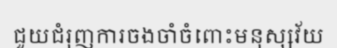
ជួយជំរុញការចងចាំចំពោះមនុស្សវ័យ